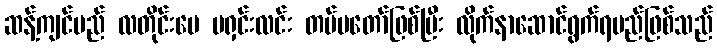
ဆန့်ကျင်မည် လတိုင်းပေ မရှင်းလင်း တပ်မတော်ဖြစ်ပြီး လိုက်နာဆောင်ရွက်ရမည်ဖြစ်သည်